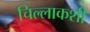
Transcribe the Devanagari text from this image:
चिल्लाकशी